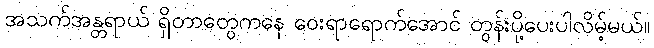
အသက်အန္တရာယ် ရှိတာတွေကနေ ဝေးရာရောက်အောင် တွန်းပို့ပေးပါလိမ့်မယ်။